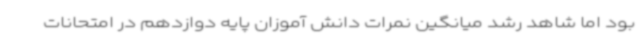
بود اما شاهد رشد میانگین نمرات دانش آموزان پایه دوازدهم در امتحانات